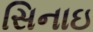
સિનાઇ